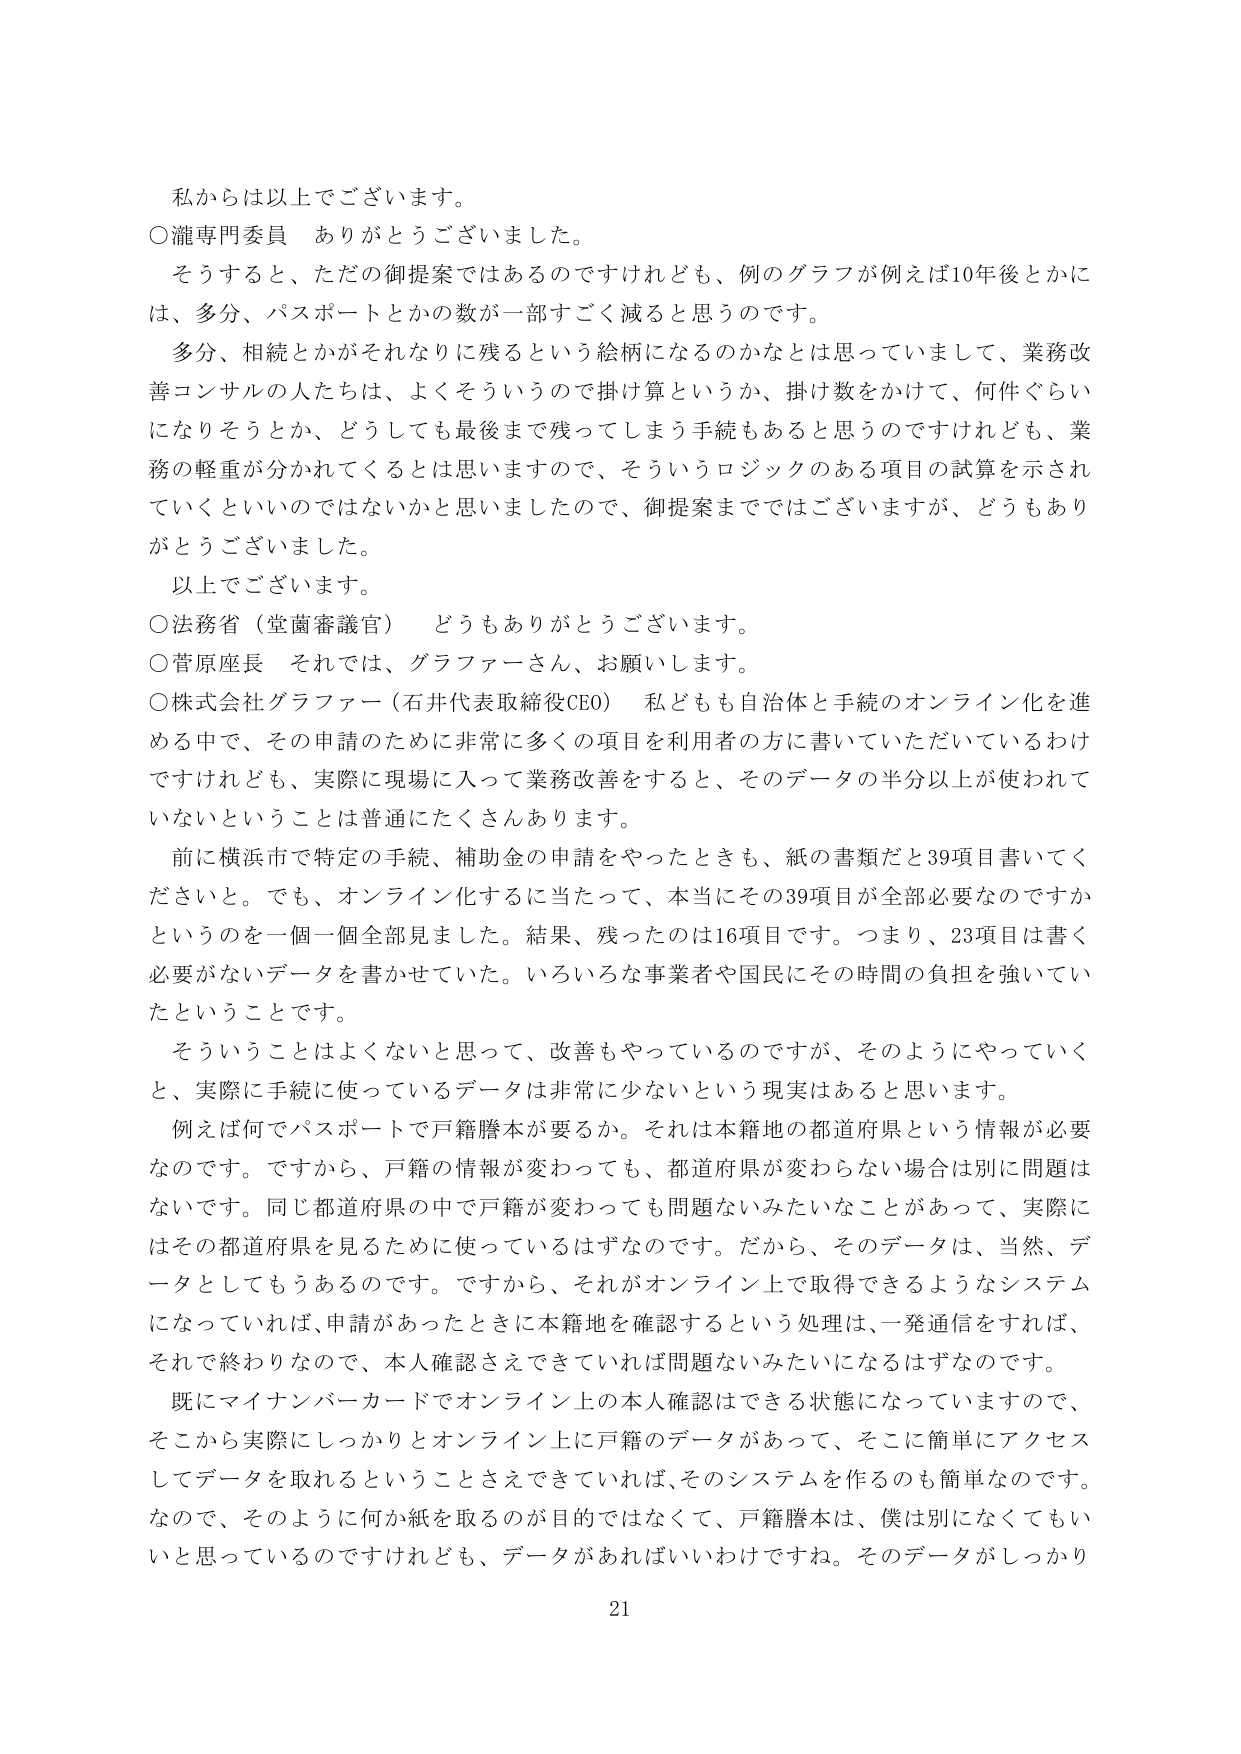
私から以上でございます。
○瀧専門委員　ありがとうございました。
　そうすると、ただの御提案ではあるのですけれども、例のグラフが例えば10年後とかに
は、多分、パスポートとかの数が一部すごく減ると思うのです。
　多分、相続とかがそれなりに残るという絵柄になるのかなとは思っていまして、業務改
善コンサルの人たちは、よくそういうので掛け算というか、掛け数をかけて、何件ぐらい
になりそうとか、どうしても最後まで残ってしまう手続もあると思うのですけれども、業
務の軽重が分かれてくるとは思いますので、そういうロジックのある項目の試算を示され
ていくといいのではないかと思いましたので、御提案までではございますが、どうもあり
がとうございました。
　以上でございます。
○法務省（堂薗審議官）　どうもありがとうございます。
○菅原座長　それでは、グラファーさん、お願いします。
○株式会社グラファー（石井代表取締役CEO）　私どもも自治体と手続のオンライン化を進
める中で、その申請のために非常に多くの項目を利用者の方に書いていただいていたわけ
ですけれども、実際に現場に入って業務改善をすると、そのデータの半分以上が使われて
いないということは普通にたくさんあります。
　前に横浜市で特定の手続、補助金の申請をやったときも、紙の書類だと39項目書いてく
ださいと。でも、オンライン化するに当たって、本当にその39項目が全部必要なのですか
というのを一個一個全部見ました。結果、残ったのは16項目です。つまり、23項目は書く
必要がないデータを書かせていた。いろいろな事業者や国民にその時間の負担を強いてい
たということです。
　そういうことはよくないと思って、改善もやっているのですが、そのようにやっていく
と、実際に手続に使っているデータは非常に少ないという現実はあると思います。
　例えば何でパスポートで戸籍謄本が要るか。それは本籍地の都道府県という情報が必要
なのです。ですから、戸籍の情報が変わっても、都道府県が変わらない場合は別に問題は
ないのです。同じ都道府県の中で戸籍が変わっても問題ないみたいなことがあって、実際に
はその都道府県を見るために使っているはずなのです。だから、そのデータは、当然、デ
ータとしてもうあるのです。ですから、それがオンライン上で取得できるようなシステム
になっていれば、申請があったときに本籍地を確認するという処理は、一発通信をすれば、
それで終わりなので、本人確認さえできていれば問題ないみたいになるはずなのです。
　既にマイナンバーカードでオンライン上の本人確認はできる状態になっていますので、
そこから実際にしっかりとオンライン上に戸籍のデータがあって、そこに簡単にアクセス
してデータを取れるということさえできていれば、そのシステムを作るのも簡単なのです。
　なので、そのように何か紙を取るのが目的ではなくて、戸籍謄本は、僕は別になくてもい
いと思っているのですけれども、データがあればいいわけです。そのデータがしっかり

21